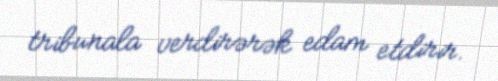
tribunala verdirərək edam etdirir.